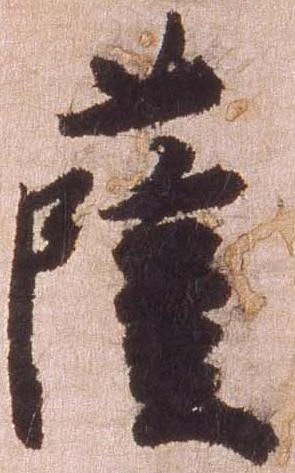
薩